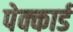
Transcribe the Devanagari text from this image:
पेक्कार्ड